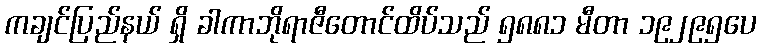
ကချင်ပြည်နယ် ရှိ ခါကာဘိုရာဇီတောင်ထိပ်သည် ၅၈၈၁ မီတာ ၁၉၂၉၅ပေ